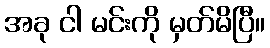
အခု ငါ မင်းကို မှတ်မိပြီ။